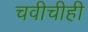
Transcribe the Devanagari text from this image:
चवीचीही